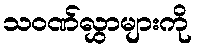
သဝဏ်လွှာများကို